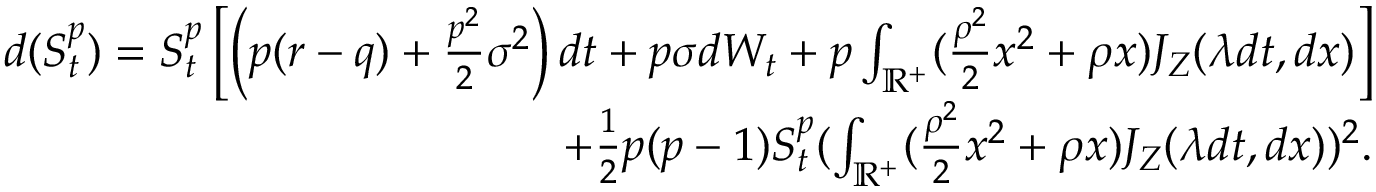
\begin{array} { r } { d ( S _ { t } ^ { p } ) = S _ { t } ^ { p } \left[ \left( p ( r - q ) + \frac { p ^ { 2 } } { 2 } \sigma ^ { 2 } \right) d t + p \sigma d W _ { t } + p \int _ { \mathbb { R } ^ { + } } ( \frac { \rho ^ { 2 } } { 2 } x ^ { 2 } + \rho x ) { J } _ { Z } ( \lambda d t , d x ) \right] } \\ { + \frac { 1 } { 2 } p ( p - 1 ) S _ { t } ^ { p } ( \int _ { \mathbb { R } ^ { + } } ( \frac { \rho ^ { 2 } } { 2 } x ^ { 2 } + \rho x ) { J } _ { Z } ( \lambda d t , d x ) ) ^ { 2 } . } \end{array}